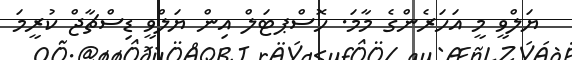
ޔަލްވީ މީ އަހަރެންގެ މާމަ. ހޮސްޕޓަލް އިން ޔަލްވީ ޑިސްޗާޖް ކުރީމަ